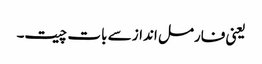
یعنی فارمل انداز سے بات چیت۔